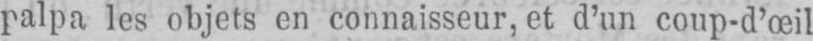
palpa les objets en connaisseur, et d’un coup-d’œil